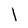
Character: l